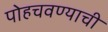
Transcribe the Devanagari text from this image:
पोहचवण्याची